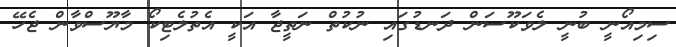
ސިމިއޯނީ ބުނީ ލެވަކޫސަން ދަނޑުގައި ނުކުތް ނަތީޖާ އަކީ އެތުލެޓިކޯ މާޔޫސްވާން ޖެހޭ